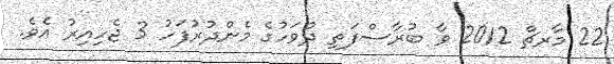
22 މާރޗް 2012 ވާ ބުރާސްފަތި ދުވަހުގެ މެންދުރުފަހު 3 ޖެހިއިރު އެވެ.